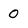
Character: 0